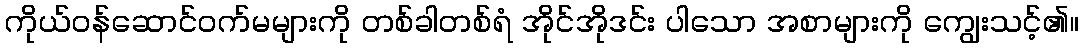
ကိုယ်ဝန်ဆောင်ဝက်မများကို တစ်ခါတစ်ရံ အိုင်အိုဒင်း ပါသော အစာများကို ကျွေးသင့်၏။